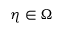
\eta \in \Omega